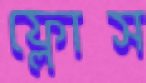
ফ্লোস